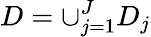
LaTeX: D=\cup_{j=1}^{J}D_{j}